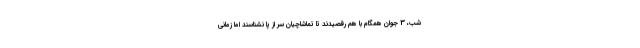
شب، 3 جوان همگام با هم رقصیدند تا تماشاچیان سر از پا نشناسند اما زمانی